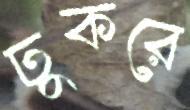
ঢুকরে